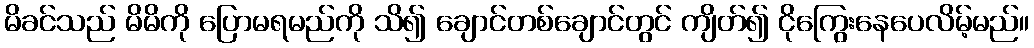
မိခင်သည် မိမိကို ပြောမရမည်ကို သိ၍ ချောင်တစ်ချောင်တွင် ကျိတ်၍ ငိုကြွေးနေပေလိမ့်မည်။